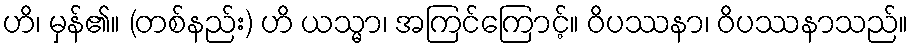
ဟိ၊ မှန်၏။ (တစ်နည်း) ဟိ ယသ္မာ၊ အကြင်ကြောင့်။ ဝိပဿနာ၊ ဝိပဿနာသည်။